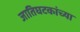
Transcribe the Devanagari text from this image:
जातिघटकांच्या